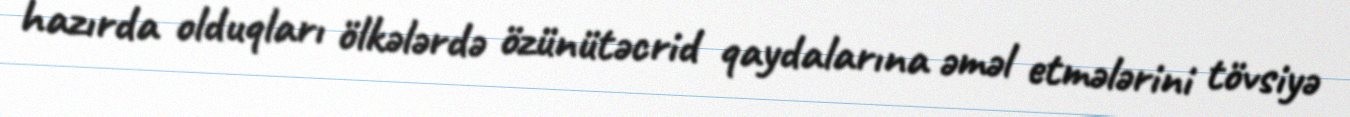
hazırda olduqları ölkələrdə özünütəcrid qaydalarına əməl etmələrini tövsiyə